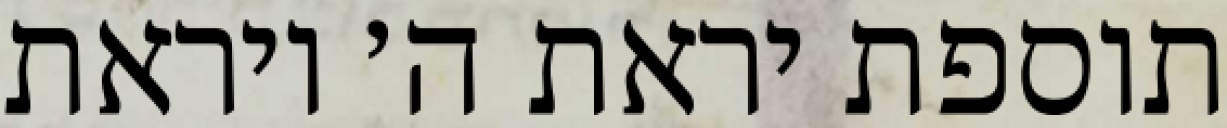
תוספת יראת ה׳ ויראת